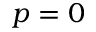
p = 0